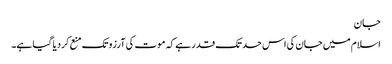
جان
اسلام میں جان کی اس حد تک قدر ہے کہ موت کی آرزو تک منع کردیا گیا ہے۔